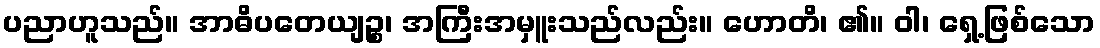
ပညာဟူသည်။ အာဓိပတေယျဉ္စ၊ အကြီးအမှူးသည်လည်း။ ဟောတိ၊ ၏။ ဝါ၊ ရှေ့ဖြစ်သော